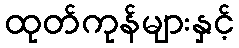
ထုတ်ကုန်များနှင့်